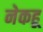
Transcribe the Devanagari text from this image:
नेकहू